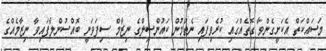
މަސައްކަތް އެކަށީގެންވާ ގޮތެއްގައި ކުރެވިފައި ނެތުމުން ކައުންސިލްގެ ނިޒާމް ސިފަވަނީ ބޮއްސުންލާފައިވާ ނިޒާމެއްގެ